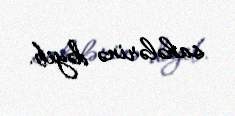
sahələrinə dəyib.